Civil Veterinary Dept. Bombay admin report 1923-31 - 1923-1931
Year: 1923
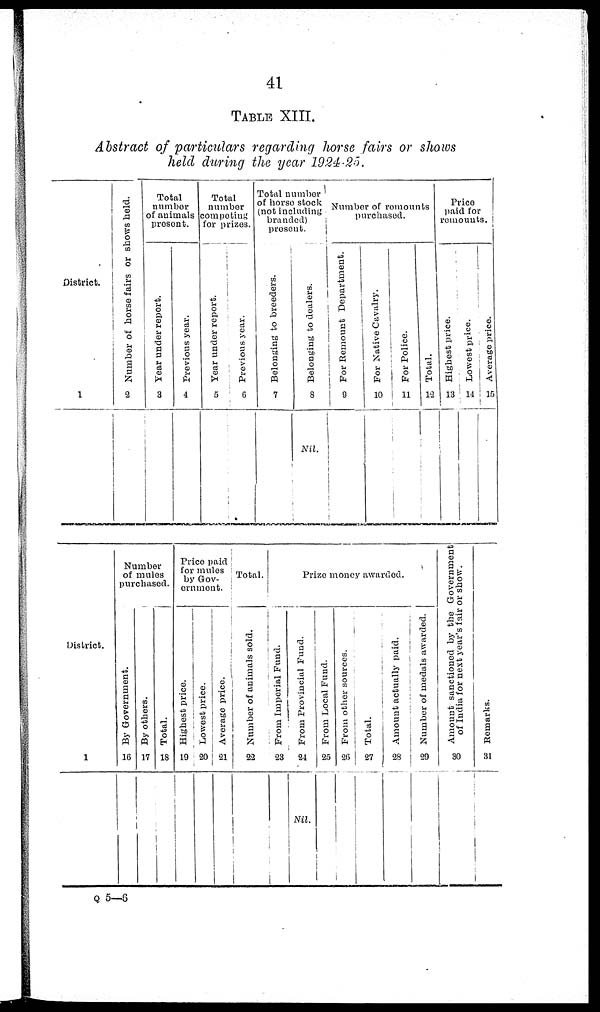
41
TABLE XIII.
Abstract of particulars regarding horse fairs or shows
held during the year 1924-25.
Distric t.
1
Number of horse fairs or shows held.
2
Total
number
of animals
present.
Year under report.
3
Previous year.
4
Total
number
competing
for prizes.
Year under report.
5
Previous year.
6
Total number
of horse stock
(not including
branded)
present.
Belonging to breeders.
7
Belonging to dealers.
8
Nil.
Number of remounts
purchased.
For Remount Department.
9
For Native Cavalry.
10
For Police.
11
Total.
12
Price
paid for
remounts.
Highest price.
13
Lowest price.
14
Average price.
15
District.
1
Number
of mules
purchased.
By Government.
16
By others.
17
Total.
18
Price paid
for mules
by Gov-
ernment.
Highest price.
19
Lowest price.
20
Average price.
21
Total.
Number of animals sold.
22
Prize money awarded.
Fr om Imperial Fund.
23
From Provincial Fund.
24
Nil.
From Local Fund.
25
From other sources.
26
Total.
27
Amount actually paid.
28
Number of medals awarded.
29
Amount sanctioned by the Government
of India for nest year's fair or show.
30
Remarks.
31
Q 5—6